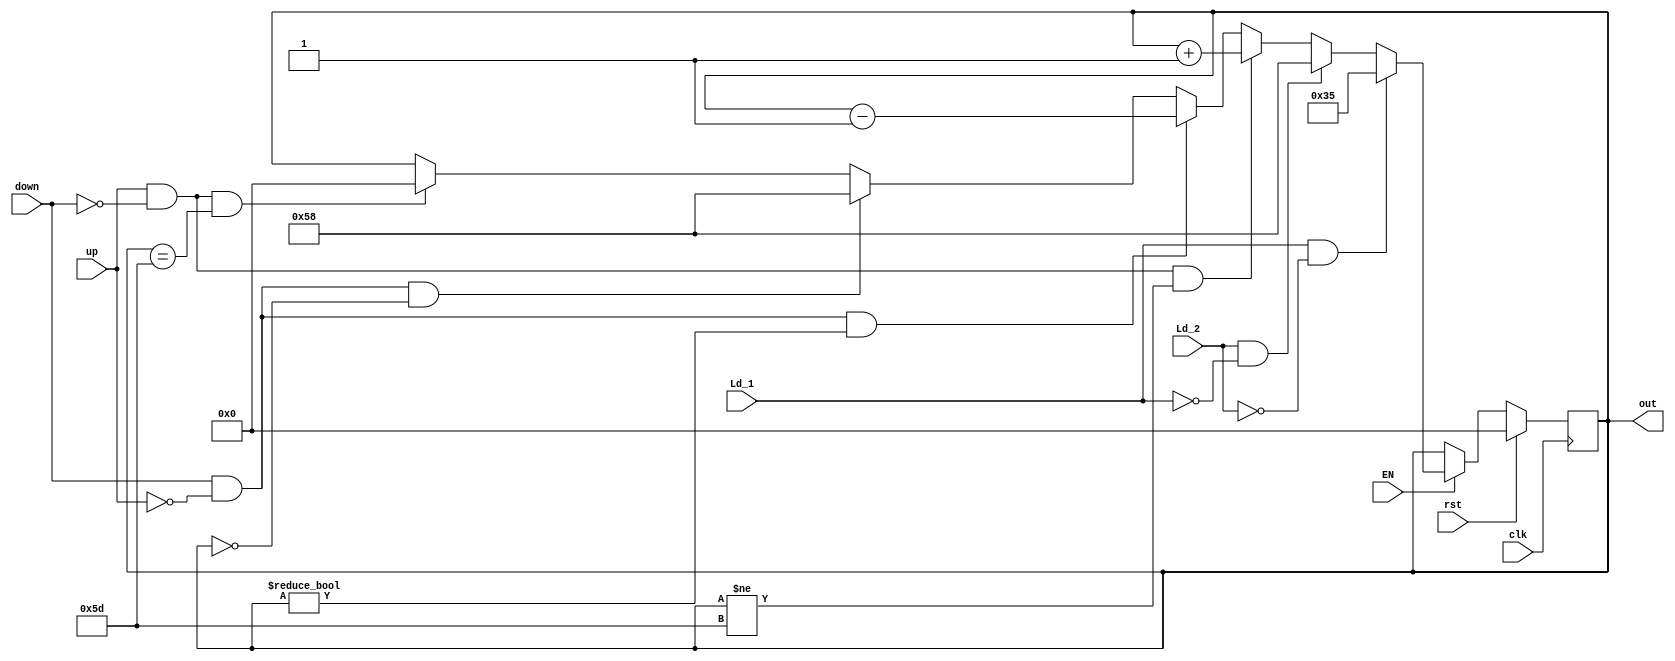

`timescale 1ns / 1ps
module Contador_0_15(
    input clk,
	 input EN,
    input up,
	 input Ld_1,
	 input Ld_2,
    input down,
    input rst,
    output reg [6:0] out
    );

always@(posedge clk) begin

	if(rst)begin
		out<=7'd0; end
	else if(EN) begin
	
	if(Ld_1==1&&Ld_2==0)begin
	   out<=7'd53;end
	else if(Ld_2==1&&Ld_1==0)begin
		out<=7'd88;end 
		
	else if(up & down==0 & out!=7'd93)begin
		out<=out+7'd1; end
	else if(down & up==0 & out!=7'd0)begin
		out<=out-7'd1; end
	else if(down & up==0 & out==7'd0)begin
		out<=7'd88; end
	else if(up & down==0 & out==7'd93)begin
		out<=0; end
	end
end
endmodule